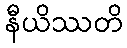
နီယိဿတိ